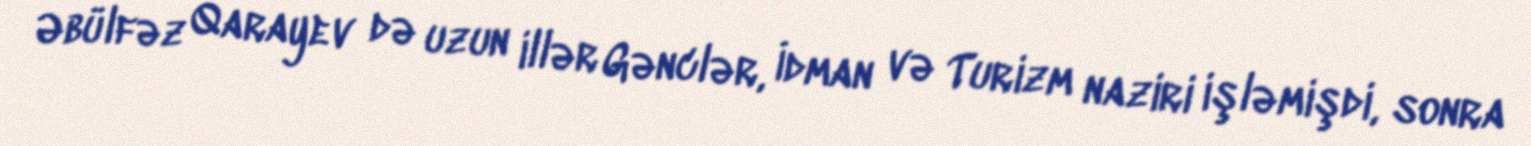
Əbülfəz Qarayev də uzun illər Gənclər, İdman və Turizm naziri işləmişdi, sonra